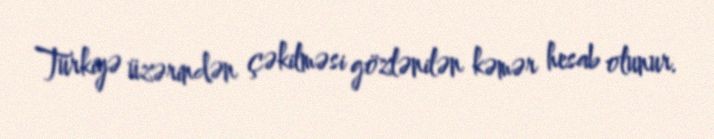
Türkiyə üzərindən çəkilməsi gözlənilən kəmər hesab olunur.